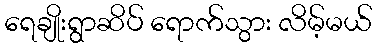
ရေချိုးရွာဆိပ် ရောက်သွား လိမ့်မယ်